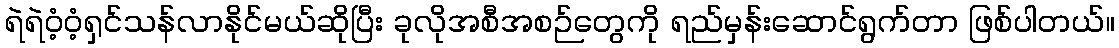
ရဲရဲဝံ့ဝံ့ရှင်သန်လာနိုင်မယ်ဆိုပြီး ခုလိုအစီအစဉ်တွေကို ရည်မှန်းဆောင်ရွက်တာ ဖြစ်ပါတယ်။